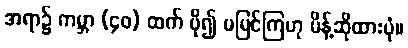
အရာ၌ ကမ္ဘာ (၄၀) ထက် ပို၍ မမြင်ကြဟု မိန့်ဆိုထားပုံ။